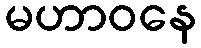
မဟာဝနေ